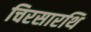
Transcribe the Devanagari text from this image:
चिरसारथि